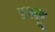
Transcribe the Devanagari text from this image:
चम्मू